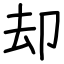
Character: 却